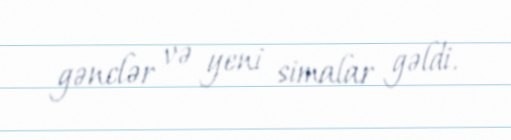
gənclər və yeni simalar gəldi.